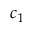
c _ { 1 }